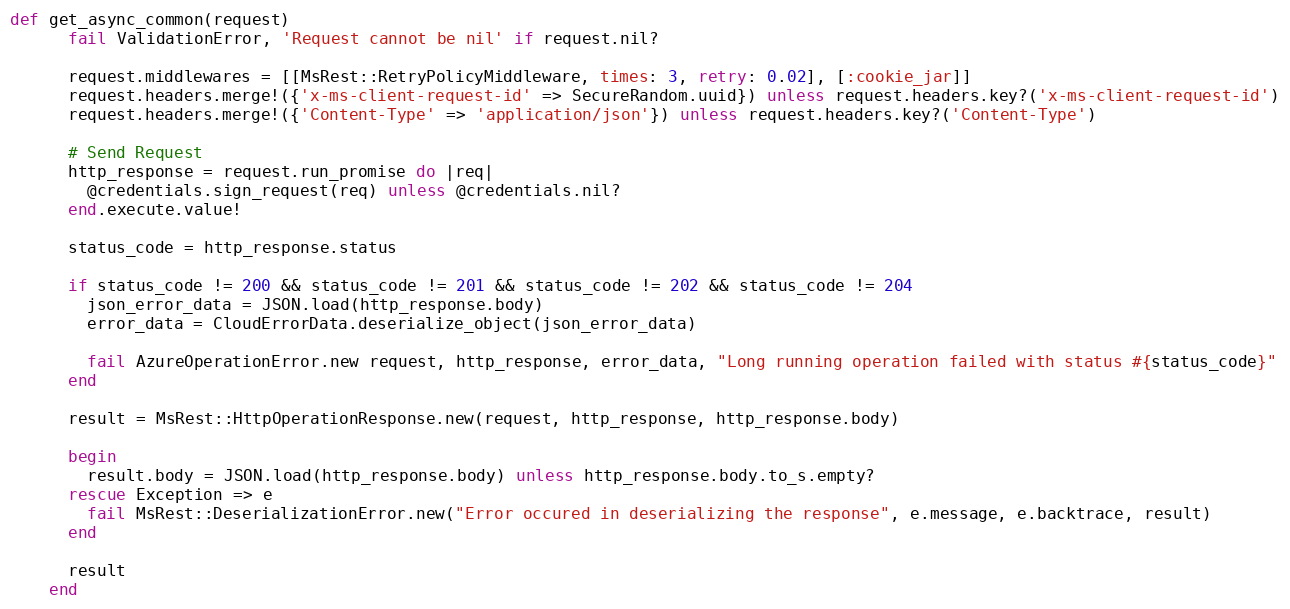
Language: Ruby
def get_async_common(request)
      fail ValidationError, 'Request cannot be nil' if request.nil?

      request.middlewares = [[MsRest::RetryPolicyMiddleware, times: 3, retry: 0.02], [:cookie_jar]]
      request.headers.merge!({'x-ms-client-request-id' => SecureRandom.uuid}) unless request.headers.key?('x-ms-client-request-id')
      request.headers.merge!({'Content-Type' => 'application/json'}) unless request.headers.key?('Content-Type')

      # Send Request
      http_response = request.run_promise do |req|
        @credentials.sign_request(req) unless @credentials.nil?
      end.execute.value!

      status_code = http_response.status

      if status_code != 200 && status_code != 201 && status_code != 202 && status_code != 204
        json_error_data = JSON.load(http_response.body)
        error_data = CloudErrorData.deserialize_object(json_error_data)

        fail AzureOperationError.new request, http_response, error_data, "Long running operation failed with status #{status_code}"
      end

      result = MsRest::HttpOperationResponse.new(request, http_response, http_response.body)

      begin
        result.body = JSON.load(http_response.body) unless http_response.body.to_s.empty?
      rescue Exception => e
        fail MsRest::DeserializationError.new("Error occured in deserializing the response", e.message, e.backtrace, result)
      end

      result
    end